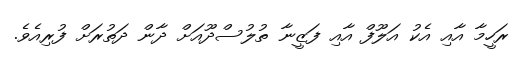
ރަހީމާ އާއި އެކު އަލޫފް އާއި ފަޒީނާ ތުލުސްދޫއަށް ދާން ދަތުރަށް ފުރިއެވެ.